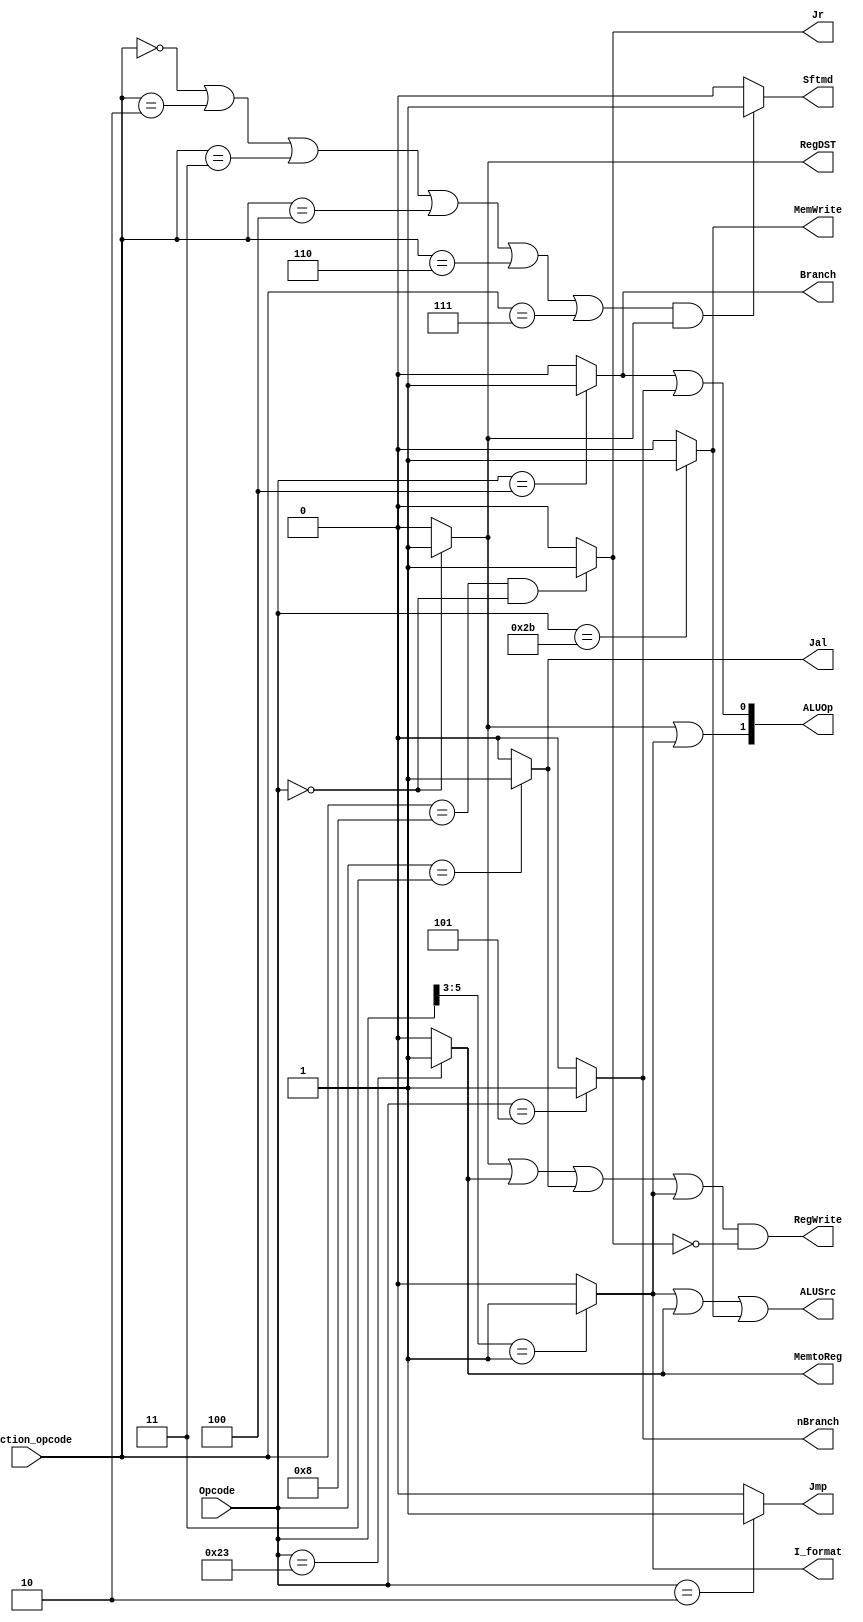
`timescale 1ns / 1ps
//////////////////////////////////////////////////////////////////////////////////
// Company: 
// Engineer: 
// 
// Design Name: 
// Module Name: Controller
// Project Name: 
// Target Devices: 
// Tool Versions: 
// Description: 
// 
// Dependencies: 
// 
// Revision:
// Revision 0.01 - File Created
// Additional Comments:
// 
//////////////////////////////////////////////////////////////////////////////////


module control32 (
    input[5:0] Opcode,
    input[5:0] Function_opcode,

    output Jr,
    output RegDST,
    output ALUSrc,
    output MemtoReg,
    output RegWrite,
    output MemWrite,
    output Branch,
    output nBranch,
    output Jmp,
    output Jal,



    output I_format,
    output Sftmd,
    output [1:0] ALUOp
);

wire R_format;
wire lw;
wire sw;

assign R_format = (Opcode == 6'b000000)?1'b1:1'b0,
    I_format = (Opcode[5:3] == 3'b001)?1'b1:1'b0,
    lw = (Opcode == 6'b100011)?1'b1:1'b0,
    sw = (Opcode == 6'b101011)?1'b1:1'b0,

    Jr = ((Function_opcode == 6'b001000)&&(Opcode == 6'b000000))?1'b1:1'b0,
    Jmp = (Opcode == 6'b000010)?1'b1:1'b0,
    Jal = (Opcode == 6'b000011)?1'b1:1'b0,

    Branch = (Opcode == 6'b000100)?1'b1:1'b0,
    nBranch = (Opcode == 6'b000101)?1'b1:1'b0,

    RegDST = R_format,
    RegWrite = (R_format||lw||Jal||I_format) && !(Jr),

    ALUSrc = I_format || lw || sw,
    ALUOp = {(R_format||I_format),(Branch||nBranch)},
    Sftmd=(((Function_opcode == 6'b000000)||(Function_opcode == 6'b000010)||(Function_opcode == 6'b000011)||(Function_opcode == 6'b000100)||(Function_opcode == 6'b000110)||(Function_opcode == 6'b000111))&&R_format)?1'b1:1'b0,
    
    MemWrite = sw,
    MemtoReg = lw;
       

endmodule